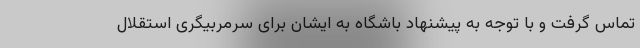
تماس گرفت و با توجه به پیشنهاد باشگاه به ایشان برای سرمربیگری استقلال